画像に写った文字を読んでください
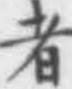
「者」と書いてあります